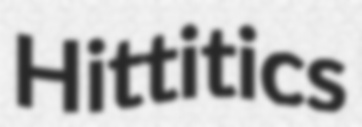
Hittitics